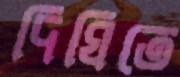
দিঘিতে